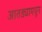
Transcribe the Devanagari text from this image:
आतड्यामधून